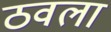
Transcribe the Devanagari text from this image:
ठवला